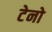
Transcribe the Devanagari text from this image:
टेनो